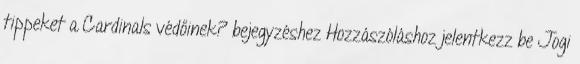
tippeket a Cardinals védőinek? bejegyzéshez Hozzászóláshoz jelentkezz be Jogi